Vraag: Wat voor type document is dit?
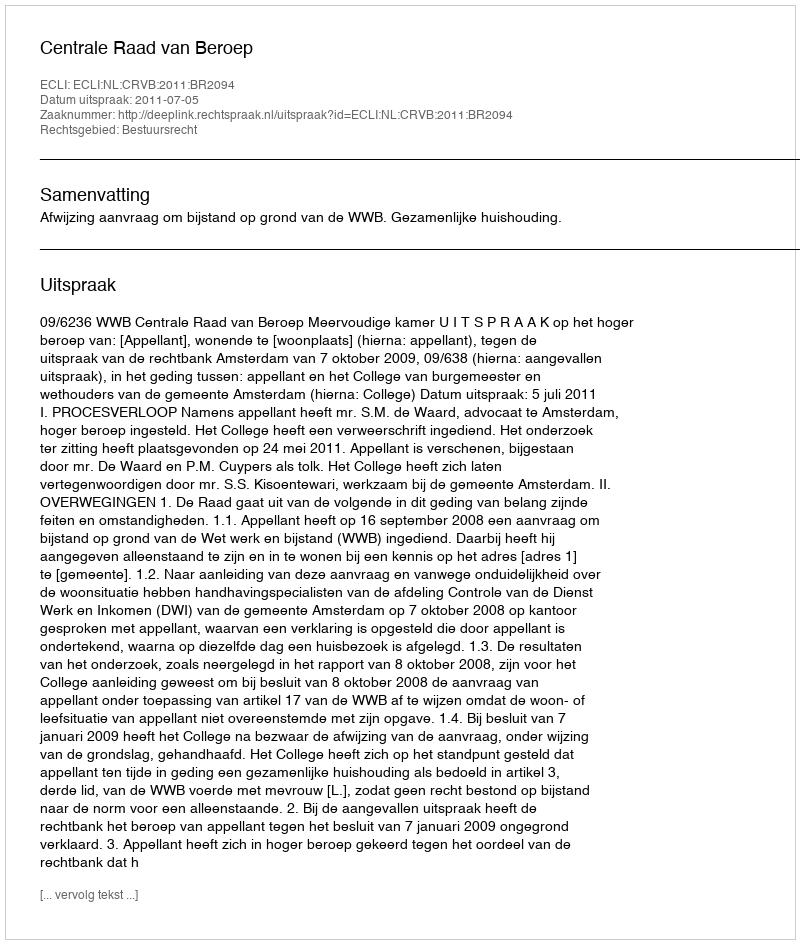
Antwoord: Uitspraak